Sanitation, dispensaries and jails vaccination Rajputana 1922-1927 - 1922-1927
Year: 1922
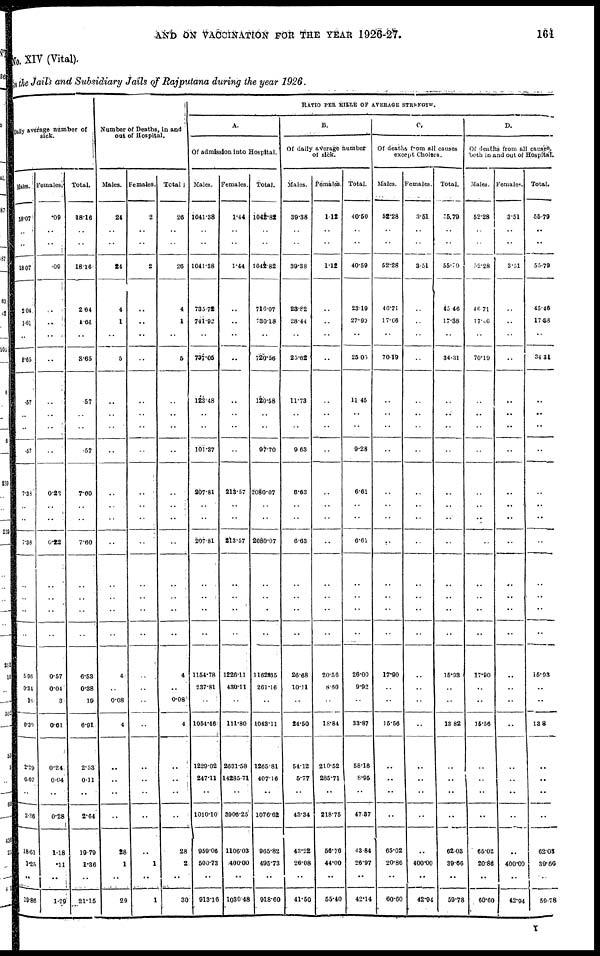
AND ON VACCINATION FOR THE YEAR 1926-27.
161
No. XIV (Vital).
in the Jails and Subsidiary Jails of Rajputana during the year 1926.
Daily average number of
sick.
Males.
18.07
..
..
18.07
2.04
1.61
..
8.65
.67
..
..
.57
7.38
..
..
7.38
..
..
..
..
506
0.34
16
6.30
2.29
0.07
..
2.36
..
18.61
1.25
..
19.88
Females
.09
..
..
.09
..
..
..
..
..
..
..
..
0.22
..
..
0.22
..
..
..
..
0.57
0.04
3
0.61
0.24
0.04
..
0.28
..
1.18
.11
..
1.29
Total.
18.16
..
..
18.16
2.04
1.62
..
3.65
.57
..
..
.57
7.60
..
..
7.60
..
..
..
..
6.53
0.38
19
6.91
2.53
0.11
..
2.64
..
19.79
1.36
..
21.15
Number of Deaths, in and
out of Hospital.
Males.
24
..
..
24
4
1
..
5
..
..
..
..
..
..
..
..
..
..
..
..
4
..
0.08
4
..
..
..
..
..
28
1
..
29
Females.
2
..
..
2
..
..
..
..
..
..
..
..
..
..
..
..
..
..
..
..
..
..
..
..
..
..
..
..
..
..
1
..
1
Total
26
..
..
26
4
1
..
5
..
..
..
..
..
..
..
..
..
..
..
..
4
..
0.08
4
..
..
..
..
..
28
2
..
30
RATIO PER MILLE OF AVERAGE STRENGTH.
A.
Of admission into Hospital.
Males.
1041.38
..
..
1041.38
735.72
741.92
..
737.05
123.48
..
..
101.37
207.81
..
..
207.81
..
..
..
..
1154.78
237.81
..
1054.46
1229.02
247.11
..
1010.10
..
959.06
500.73
..
913.16
Females.
1.44
..
..
1.44
..
..
..
..
..
..
..
..
213.57
..
..
213.57
..
..
..
..
1226.11
430.11
..
111.80
2631.58
14285.71
..
3906.25
..
1106.03
400.00
..
1030.48
Total.
1042.82
..
..
1042.82
716.07
730.18
..
720.56
120.58
..
..
97.70
2080.07
..
..
2080.07
..
..
..
..
1162.65
261.16
..
1043.11
1265.81
407.16
..
1076.62
..
965.82
495.73
..
918.60
B.
Of daily average number
of sick.
Males.
39.38
..
..
39.38
23.82
28.44
..
25.62
11.73
..
..
9.63
6.63
..
..
6.63
..
..
..
..
26.68
10.11
..
24.50
54.12
6.77
..
43.34
..
43.22
26.08
..
41.50
Females.
1.12
..
..
112
..
..
..
..
..
..
..
..
..
..
..
..
..
..
..
..
20.56
8.60
..
18.84
210.52
285.71
..
218.75
..
56.76
44.00
..
55.40
Total.
40.50
..
..
40.59
23.19
27.99
..
25.05
11.45
..
..
9.28
6.61
..
..
6.61
..
..
..
..
26.00
9.92
..
33.87
58.18
8.95
..
47.37
..
43.84
26.97
..
42.14
C.
Of deaths from all causes
except Cholera.
Males.
52.28
..
..
52.28
46.71
17.66
..
70.19
..
..
..
..
..
..
..
..
..
..
..
..
17.90
..
..
15.56
..
..
..
..
..
65.02
20.86
..
60.60
Females.
3.51
..
..
3.51
..
..
..
..
..
..
..
..
..
..
..
..
..
..
..
..
..
..
..
..
..
..
..
..
..
..
400.00
..
42.94
Total.
35.79
..
..
55.79
45.46
17.38
..
34.31
..
..
..
..
..
..
..
..
..
..
..
..
15.93
..
..
13.82
..
..
..
..
..
62.03
39.66
..
59.78
D.
Of deaths from all causes,
both in and out of Hospital.
Males.
52.28
..
..
52.28
46.71
17.06
..
70.19
..
..
..
..
..
..
..
..
..
..
..
..
17.90
..
..
15.56
..
..
..
..
..
65.02
20.86
..
60.60
Females.
3.51
..
..
3.51
..
..
..
..
..
..
..
..
..
..
..
..
..
..
..
..
..
..
..
..
..
..
..
..
..
..
400.00
..
42.94
Total.
56.79
..
..
55.79
45.46
17.38
..
34.31
..
..
..
..
..
..
..
..
..
..
..
..
15.93
..
..
13.8
..
..
..
..
..
62.03
39.60
..
59.78
Y